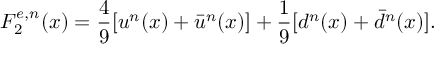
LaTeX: F _ { 2 } ^ { e , n } ( x ) = \frac { 4 } { 9 } [ u ^ { n } ( x ) + \bar { u } ^ { n } ( x ) ] + \frac { 1 } { 9 } [ d ^ { n } ( x ) + \bar { d } ^ { n } ( x ) ] .